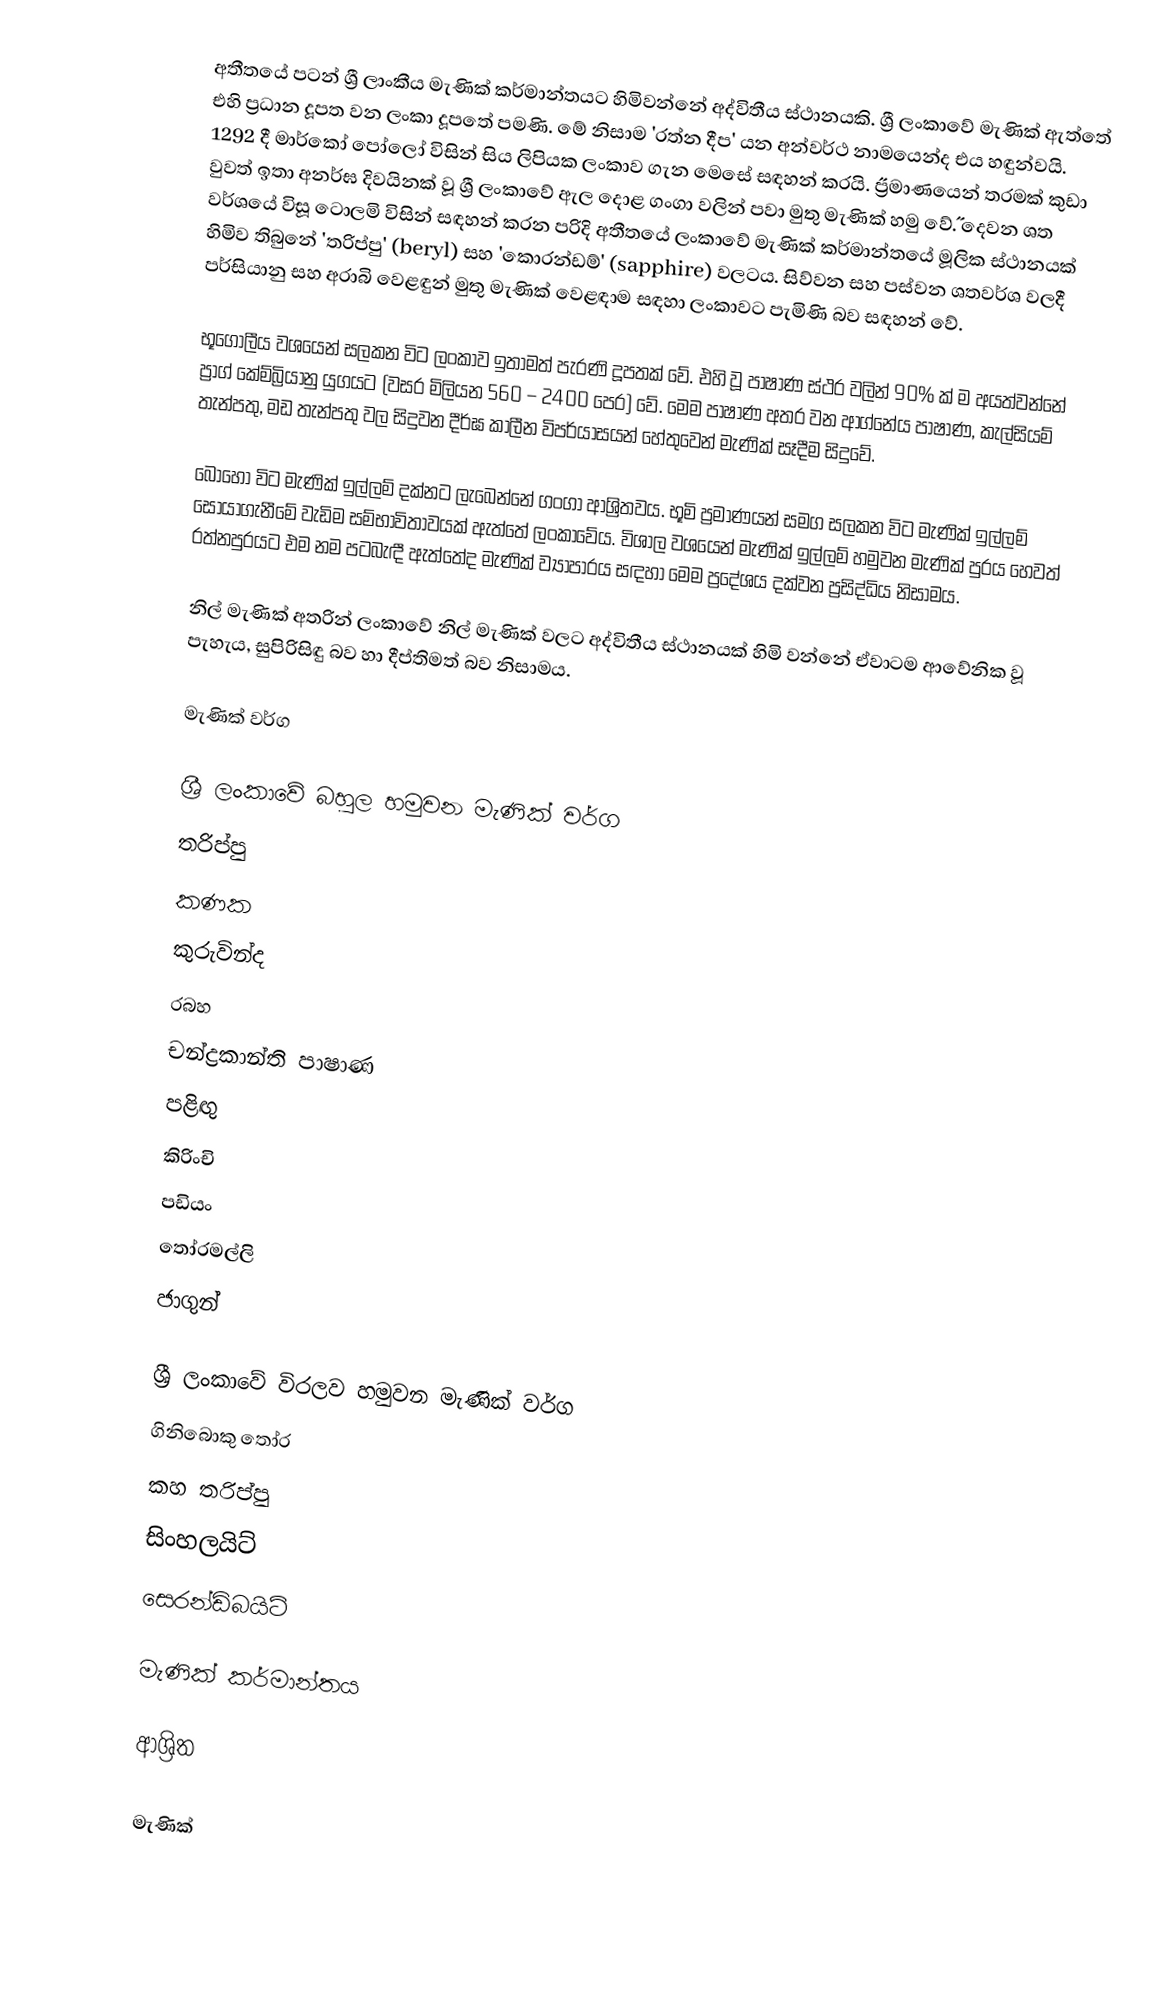
අතී‍තයේ පටන් ශ්‍රී ලාංකීය මැණික් කර්මාන්තයට හිමිවන්නේ අද්විතීය ස්ථානයකි. ශ්‍රී ලංකාවේ මැණික් ඇත්තේ එහි ප්‍රධාන දූපත වන ලංකා දූපතේ පමණි. මේ නිසාම 'රත්න දීප' යන අන්වර්ථ නාමයෙන්ද එය හඳුන්වයි. 1292 දී මාර්කෝ පෝලෝ විසින් සිය ලිපියක ලංකාව ගැන මෙසේ සඳහන් කරයි. ˝ප්‍රමාණයෙන් තරමක් කුඩා වුවත් ඉතා අනර්ඝ දිවයිනක් වූ ශ්‍රී ලංකාවේ ඇල දොළ ගංගා වලින් පවා මුතු මැණික් හමු වේ˝. දෙවන ශත වර්ශයේ විසූ ටොලමි විසින් සඳහන් කරන පරිදි අතීතයේ ලංකාවේ මැණික් කර්මාන්තයේ මූලික ස්ථානයක් හිමිව තිබුනේ 'තරිප්පු' (beryl) සහ 'කොරන්ඩම්' (sapphire) වලටය. සිව්වන සහ පස්වන ශතවර්ශ වලදී පර්සියානු සහ අරාබි වෙළඳුන් මුතු මැණික් වෙළඳාම සඳහා ලංකාවට පැමිණි බව සඳහන් වේ.

භූගෝලීය වශයෙන් සලකන විට ලංකාව ඉතාමත් පැරණි දූපතක් වේ. එහි වූ පාෂාණ ස්ථර වලින් 90% ක් ම අයත්වන්නේ ප්‍රාග් කේම්බ්‍රියානු යුගයට (වසර මිලියන 560 – 2400 පෙර) වේ. මෙම පාෂාණ අතර වන ආග්නේය පාෂාණ, කැල්සියම් තැන්පතු, මඩ තැන්පතු වල සිදුවන දීර්ඝ කාලීන විපර්යාසයන් හේතුවෙන් මැණික් සෑදීම සිදුවේ.

බොහෝ විට මැණික් ඉල්ලම් දක්නට ලැබෙන්නේ ගංගා ආශ්‍රිතවය. භූමි ප්‍රමාණයන් සමග සලකන විට මැණික් ඉල්ලම් සොයාගැනීමේ වැඩිම සම්භාවිතාවයක් ඇත්තේ ලංකාවේය. විශාල වශයෙන් මැණික් ඉල්ලම් හමුවන මැණික් පුරය හෙවත් රත්නපුරයට එම නම පටබැඳී ඇත්තේද මැණික් ව්‍යාපාරය සඳහා මෙම ප්‍රදේශය දක්වන ප්‍රසිද්ධිය නිසාමය.

නිල් මැණික් අතරින් ලංකාවේ නිල් මැණික් වලට අද්විතීය ස්ථානයක් හිමි වන්නේ ඒවාටම ආවේනික වූ පැහැය, සුපිරිසිඳු බව හා දීප්තිමත් බව නිසාමය.

මැණික් වර්ග

ශ්‍රී ලංකාවේ බහුල හමුවන මැණික් වර්ග
 තරිප්පු
 කණක
 කුරුවින්ද
 රබහ
 චන්ද්‍රකාන්ති පාෂාණ
 පළිඟු
 කිරිංචි
 පඩියං
 තෝරමල්ලි
 ජාගුන්

ශ්‍රී ලංකාවේ විරලව හමුවන මැණික් වර්ග
 ගිනිබොකු තෝර
 කහ තරිප්පු
 සිංහලයිට්
 සෙරන්ඩිබයිට්

මැණික් කර්මාන්තය

ආශ්‍රිත

මැණික්